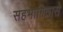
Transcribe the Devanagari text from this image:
सहभागितासे